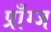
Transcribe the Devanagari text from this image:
प्राँग्ज